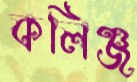
কলিঞ্জ